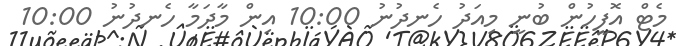
މެޓް އޮފީހުން ބުނީ މިއަދު ހެނދުނު 10:00 އިން މާދަމާ ހެނދުނު 10:00